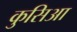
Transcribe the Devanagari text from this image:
कुसिआ